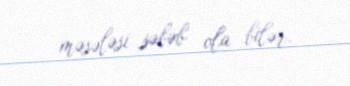
məsələsi səbəb ola bilər.